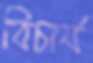
বিচার্য